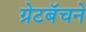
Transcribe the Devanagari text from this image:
ग्रेटबॅचने